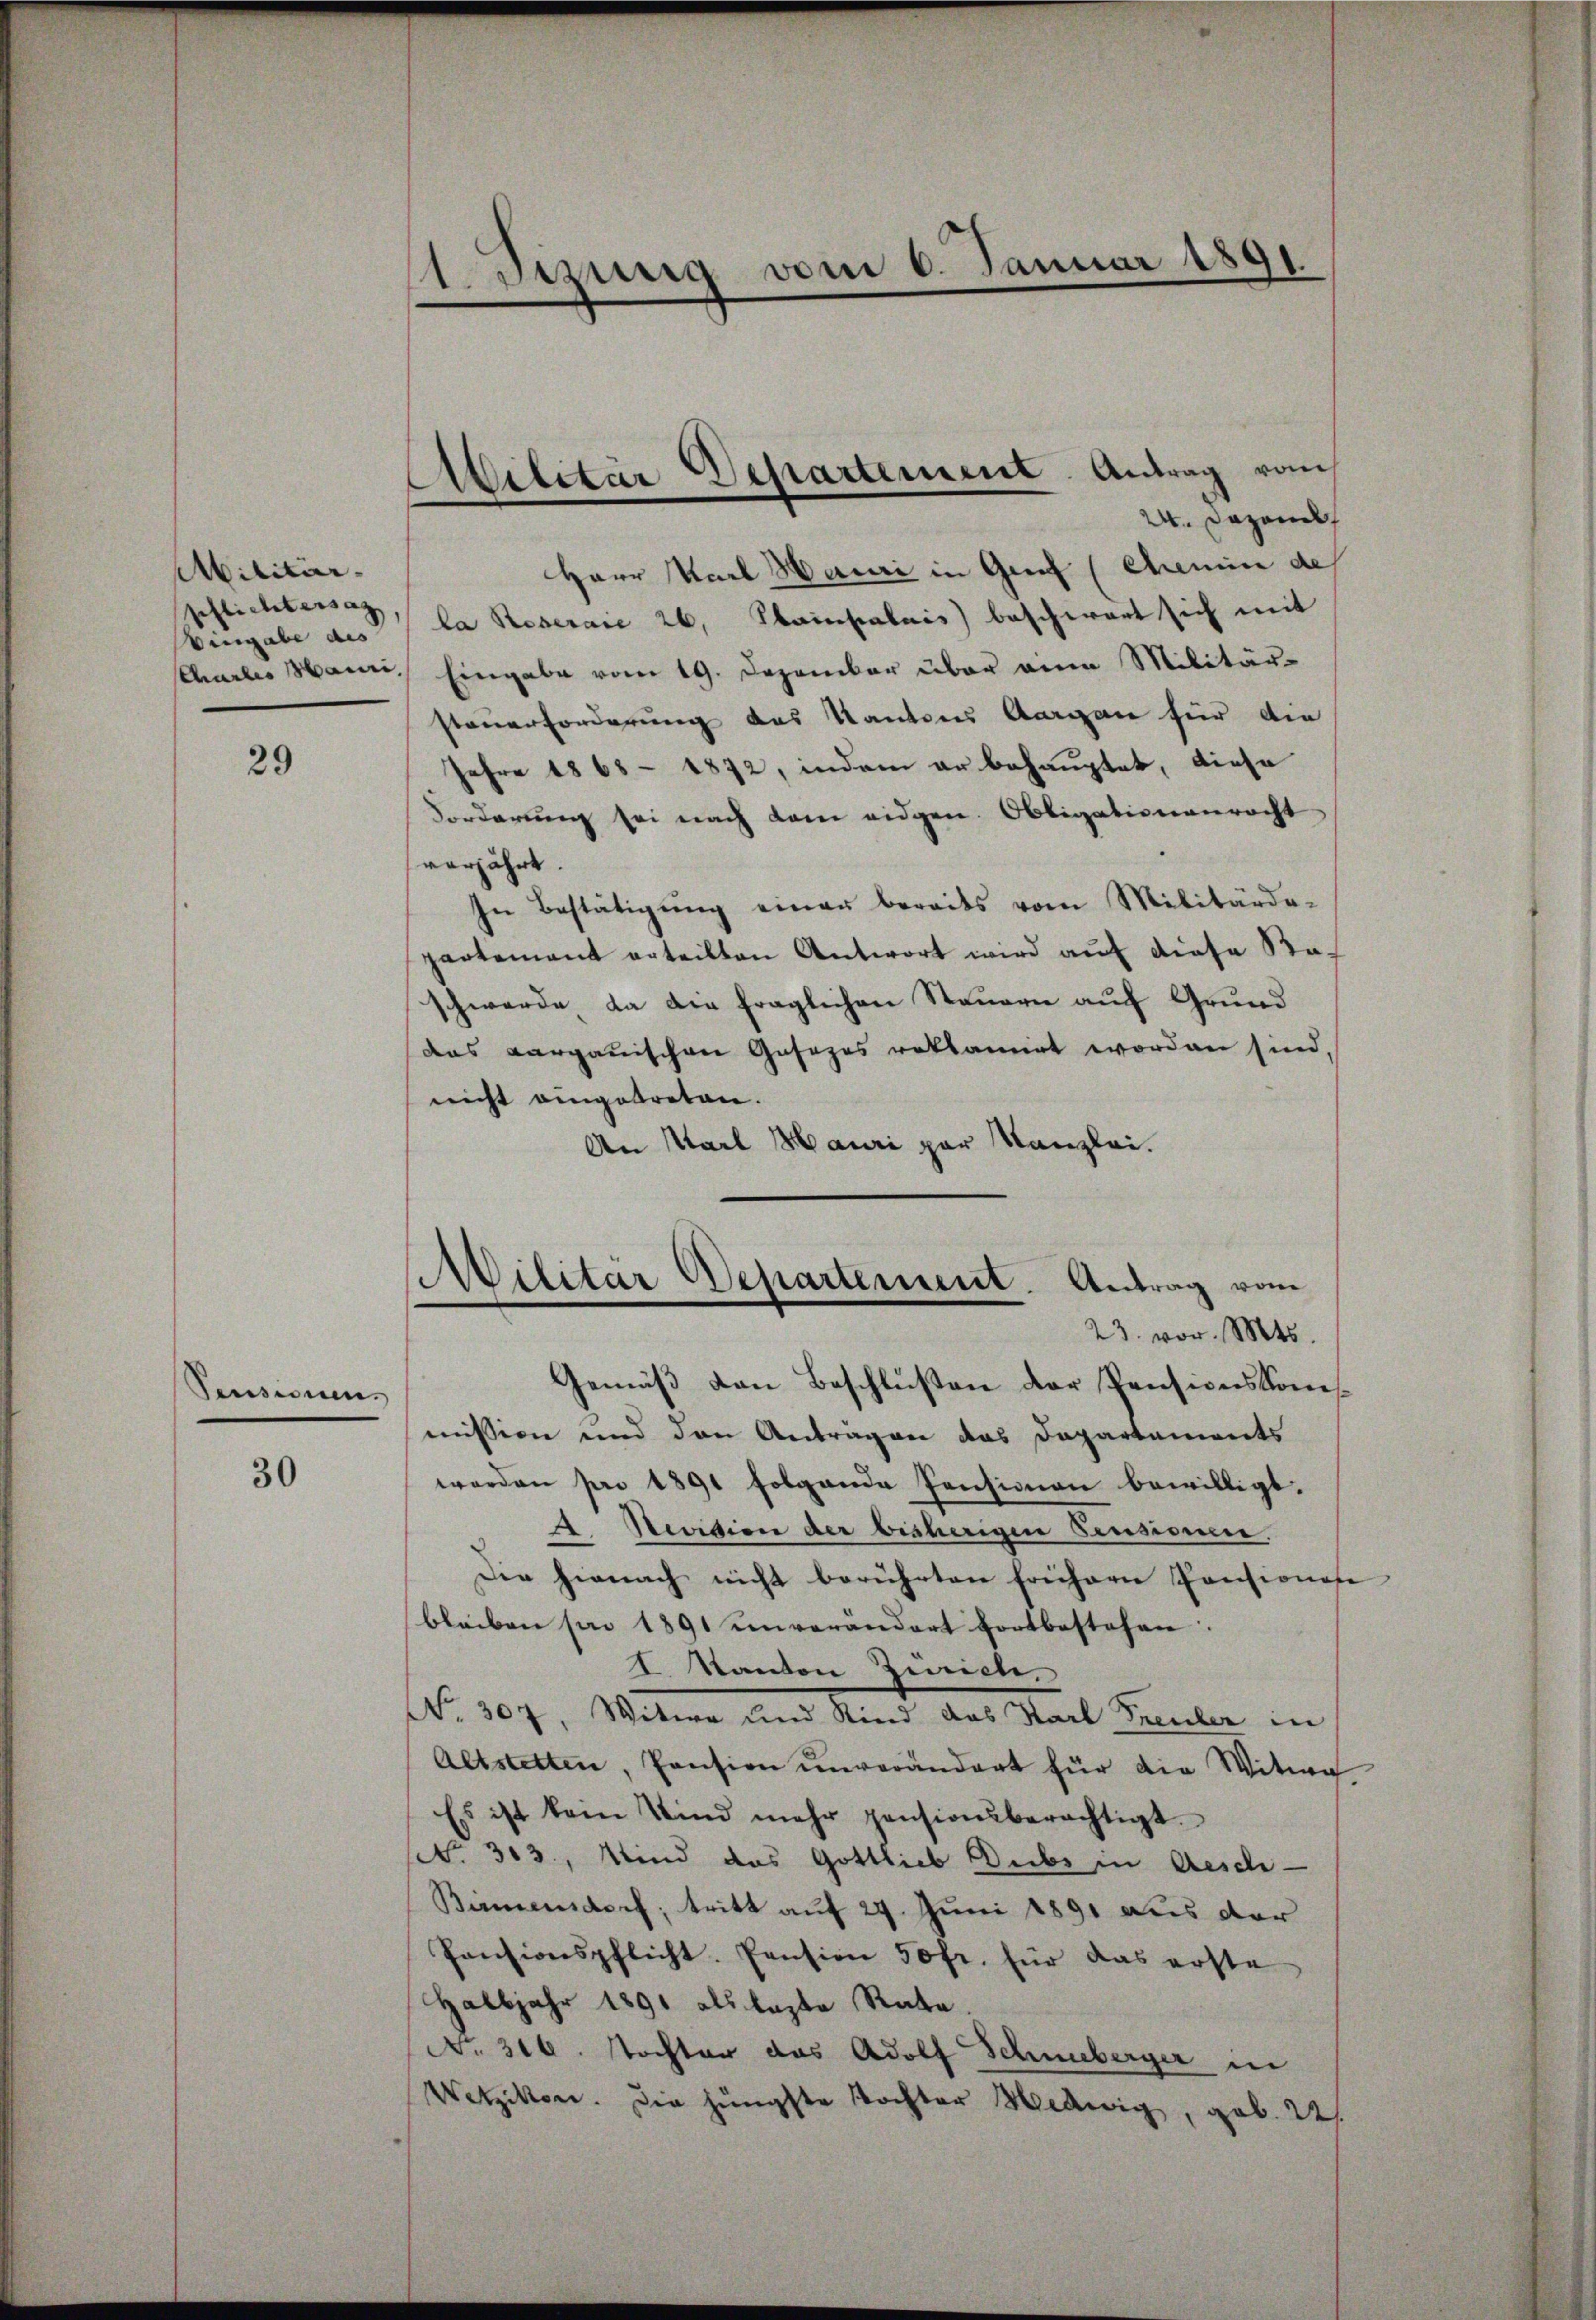
Abilitär- |
pflichtersag
Wingabe des

29

Pensiuens

30

Sizung vom 6. Januar 1891.

24. Dezemb
Herr Karl Hauri in Genf (Chemin des
la Roseraie 26. Hampalais beschwart sich mit
chartes Mann, Eingabe vom 19. Dezember über eine Militär-
steuerforderung des Kantons Aargau für die
Jahre 1863 - 1872, indem er behauptet, diese
Forderung sei nach dem eidgen. Obligationenrecht
verjährt.
In Bestätigung einen bereits vom Militärde-
partement erteilten Antwort wird auf diese Raschwerde, da die fraglichen Steuern auf Grund
das Aargauischen Gasezes reklamirt worden sind,
nicht eingetreten.
An Karl Mauri par Kanzlei.

Ailitär Departement. Antrag vom

Militär Departement. Antrag vom
23. vor. Mts.

Gemäß den Beschlussen der Pensionskom
mission und den Antragen das Departements
worden pro 1891 folgende Pensionen bewilligt.
A Nevision der bisherigen Pensionen.
Die hienach nicht berührten frühern Pensionese
bleiben sani 1891 unverändert fortbestehen.
I. Kanton Ziel,
No. 307. Witwe und Kind das Karl Freuler in
Altstetten, Pansion unverändert für die Witwe
Es ist kein Wind mehr pensionsberechtigt.
Nr. 313, Wind das Gottlieb Dubs in Aesche
Birmensdorf, tritt auf 24. Juni 1891 aus der
Pensionspflicht. Pension 50 fr. für das erste
Halbjahr 1891 als laste Rate.
No. 316. Nochter das Adolf Schneeberger in
Wetzikon. Die jüngste Tochter Hedwig, geb. 22.